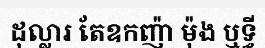
ដុល្លារ តែឧកញ៉ា ម៉ុង ឬទ្ធី